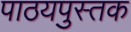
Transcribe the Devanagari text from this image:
पाठयपुस्तक